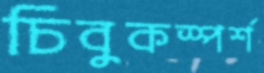
চিবুকস্পর্শ